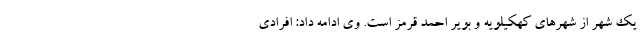
یک شهر از شهرهای کهکیلویه و بویر احمد قرمز است. وی ادامه داد: افرادی